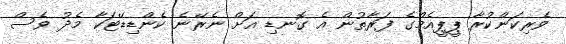
ވެރިކަންކުރާ ޕީޕީއެމްގެ ފަރާތުން އެ ގޮނޑި އަށް ނެރޭނެ ކެންޑިޑޭޓަކާ މެދު ވެސް